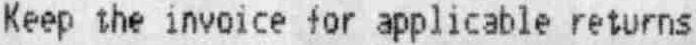
KEEP THE INVOICE FOR APPLICABLE RETURNS